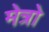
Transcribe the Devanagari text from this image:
मेत्रो